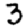
Digit: 3